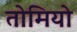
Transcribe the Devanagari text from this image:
तोमियो